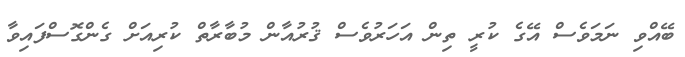
ބޭއްވި ނަމަވެސް އޭގެ ކުރީ ތިން އަހަރުވެސް ޤުރުއާން މުބާރާތް ކުރިއަށް ގެންގޮސްފައިވާ